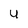
Character: 4